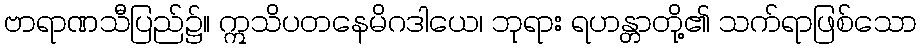
ဗာရာဏသီပြည်၌။ ဣသိပတနေမိဂဒါယေ၊ ဘုရား ရဟန္တာတို့၏ သက်ရာဖြစ်သော